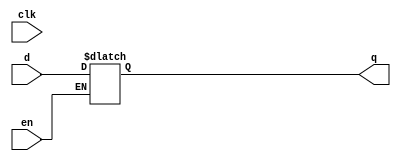
// Copyright (C) 2022 RapidSilicon
//

module latchp (
    input d,
    clk,
    en,
    output reg q
);
  initial q <= 1'b0;
  always @* if (en) q <= d;
endmodule

module my_latchn (
    input d,
    clk,
    en,
    output reg q
);
  always @* if (!en) q <= d;
endmodule

module my_latchsre (
    input d,
    clk,
    en,
    clr,
    pre,
    output reg q
);
  always @*
    if (clr) q <= 1'b0;
    else if (pre) q <= 1'b1;
    else if (en) q <= d;
endmodule